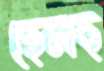
হেলছ